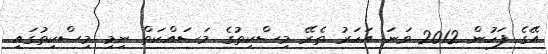
އޭގެ ފަހުން 2012 ވަނަ އަހަރު ތެރޭ މިސްކިތުގެ މަސައްކަތް ނިމި މިސްކިތުގައި